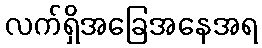
လက်ရှိအခြေအနေအရ